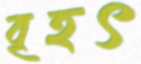
বৃহৎ